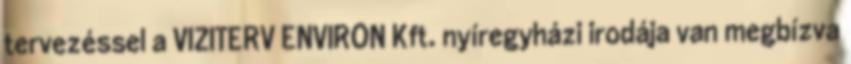
tervezéssel a VIZITERV ENVIRON Kft. nyíregyházi irodája van megbízva